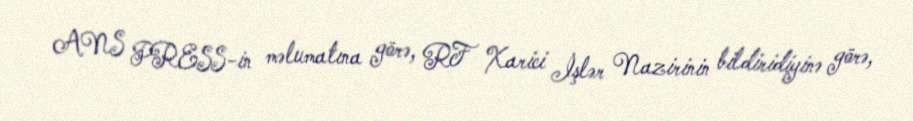
ANS PRESS-in məlumatına görə, RF Xarici İşlər Nazirinin bildiridiyinə görə,